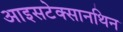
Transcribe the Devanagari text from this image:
आइसटेक्सानथिन